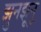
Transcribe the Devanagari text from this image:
झुनझूनू